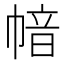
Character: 𢄈